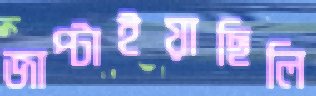
জাপ্‌টাইয়াছিলি